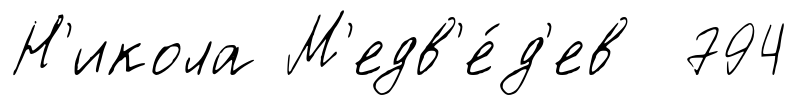
Н'икола М'едв'е́д'ев 794